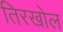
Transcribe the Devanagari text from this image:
तिरखोल